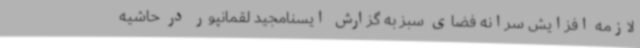
لازمه افزایش سرانه فضای سبز به گزارش ایسنامجید لقمانپور در حاشیه